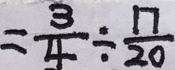
= \frac { 3 } { 4 } \div \frac { 1 7 } { 2 0 }